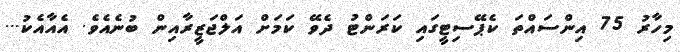
މިހާރު 75 އިންސައްތަ ކެޕޭސިޓީގައި ކަރަންޓު ދެވޭ ކަމަށް އަލްޖަޒީރާއިން ބުނެއެވެ. އެއާއެކު...